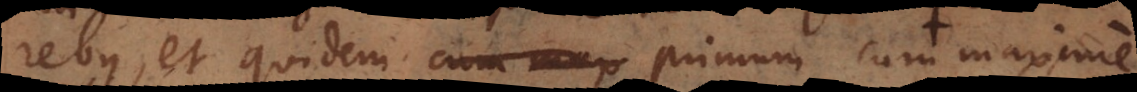
rebus, et quidem primum cum his